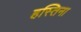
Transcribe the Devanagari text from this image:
हस्तिना